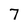
Character: 7